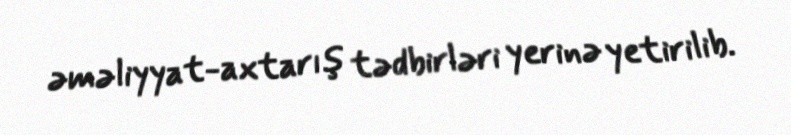
əməliyyat-axtarış tədbirləri yerinə yetirilib.